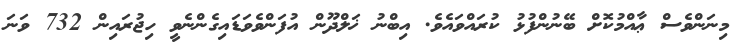
މިނަންވެސް ޢާއްމުކޮށް ބޭނުންފުޅު ކުރައްވައެވެ. އިބްނު ޚަލްދޫން އުފަންވެވަޑައިގެންނެވީ ހިޖުރައިން 732 ވަނަ